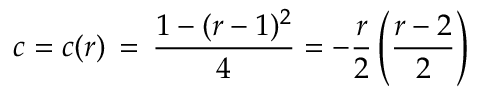
c = c ( r ) \, = \, { \frac { 1 - ( r - 1 ) ^ { 2 } } { 4 } } = - { \frac { r } { 2 } } \left( { \frac { r - 2 } { 2 } } \right)